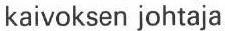
kaivoksen johtaja